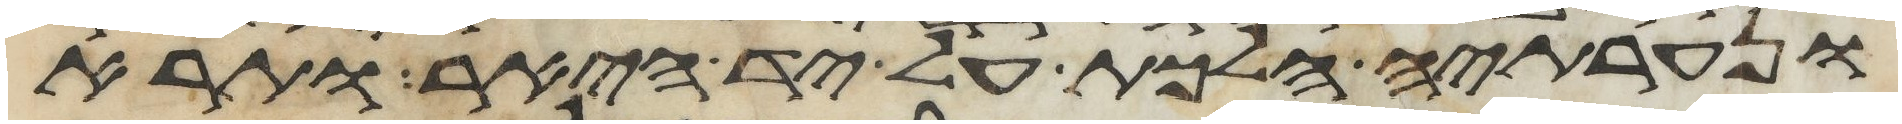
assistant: ונערתיה הלכת על יד היאר ותרא